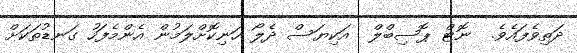
ދަތިވެފައެވެ.  ނޮޓް ޕޮސިބްލް  އަކިޔަސް ދެލޯ ހަނިކޮށްލަމުން އެންމެފަހު ގަނޑުތަކަށް